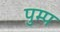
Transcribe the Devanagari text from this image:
पुम्प